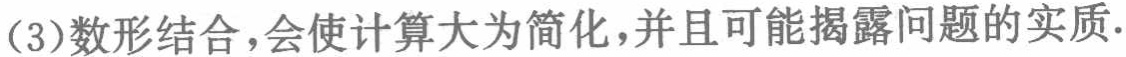
(3)数形结合，会使计算大为简化，并且可能揭露问题的实质.